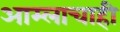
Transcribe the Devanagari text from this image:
आम्लाचाही